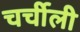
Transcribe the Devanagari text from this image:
चर्चीली